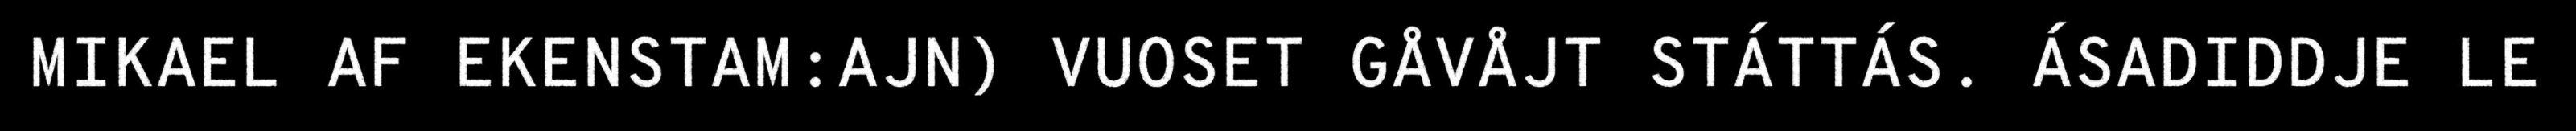
MIKAEL AF EKENSTAM:AJN) VUOSET GÅVÅJT STÁTTÁS. ÁSADIDDJE LE